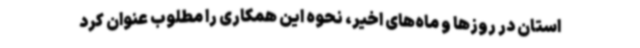
استان در روزها و ماه‌های اخیر، نحوه این همکاری را مطلوب عنوان کرد